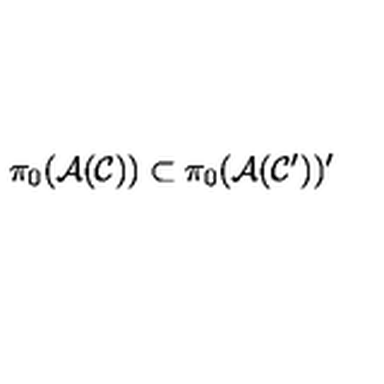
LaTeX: \pi _ { 0 } ( { \cal A } ( { \cal C } ) ) \subset \pi _ { 0 } ( { \cal A } ( { \cal C } ^ { \prime } ) ) ^ { \prime }